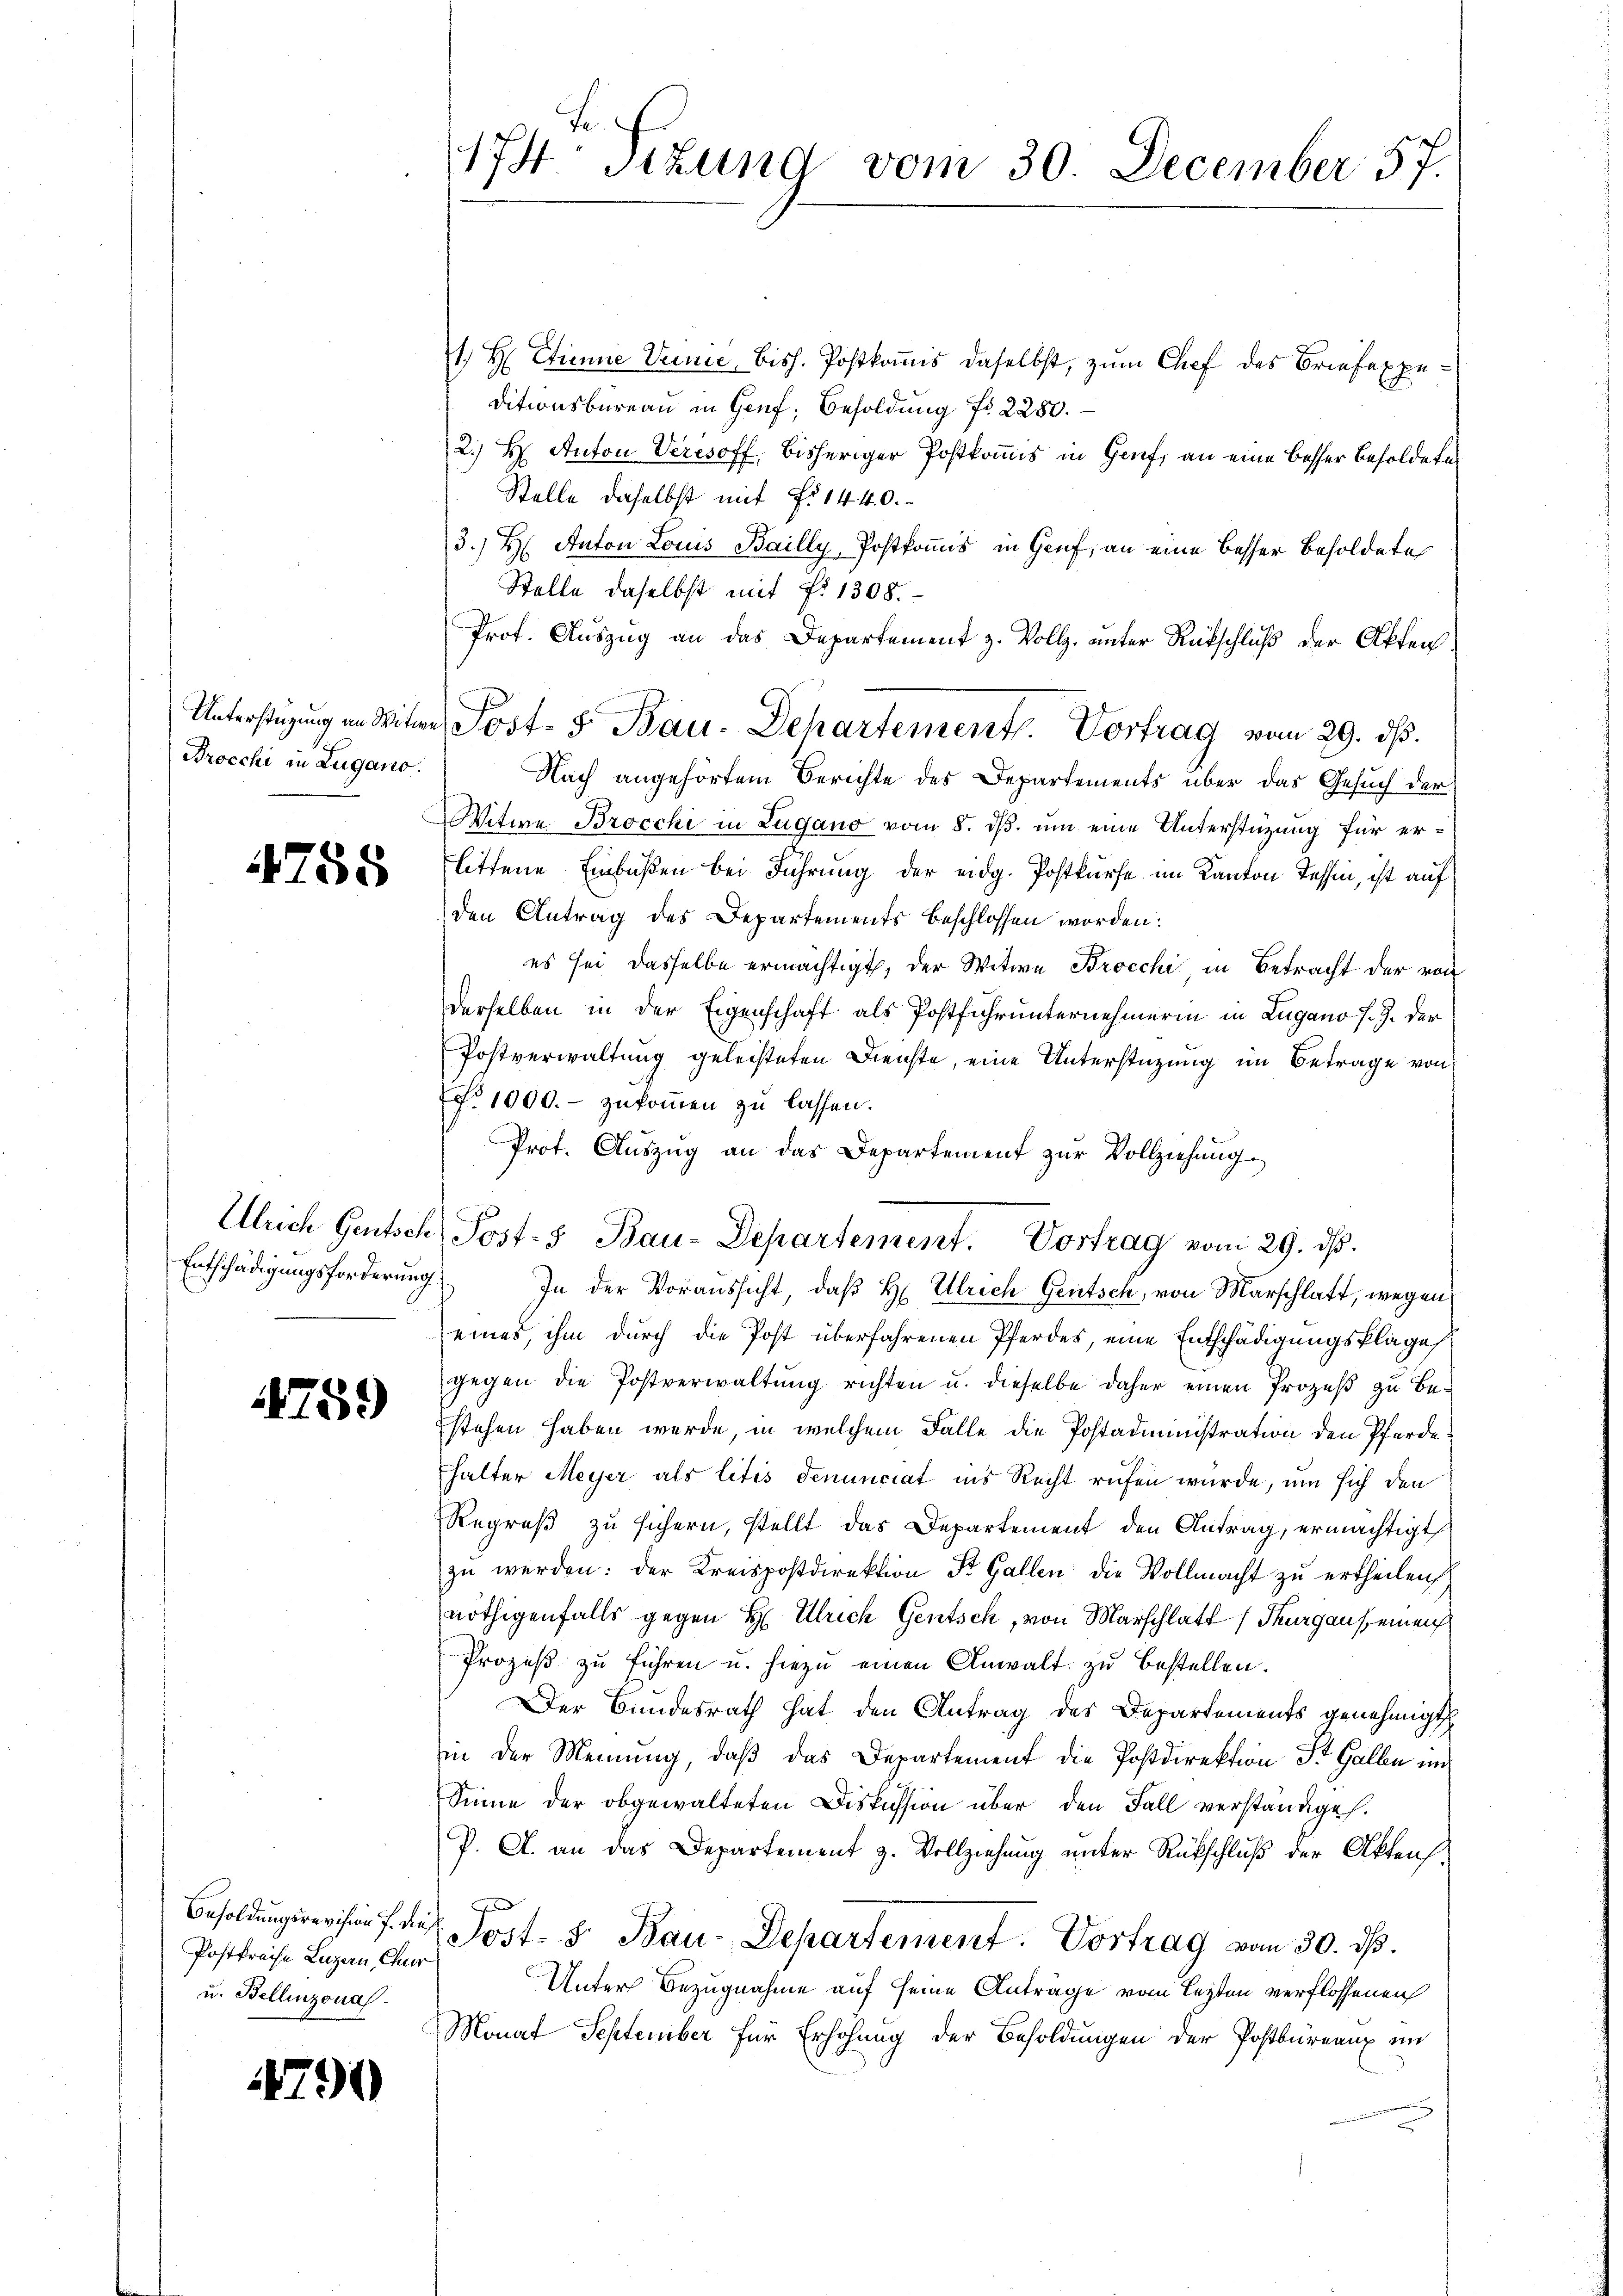
Unterstützung an Witwe
Brocchi in Lugano.

4755

Ulrich Gentsch
Entschädigungsforderung

759

Besoldungsrevision f. dies
Postkreise Luzern, Chur
u. Bellinzonas.

4799

174. Sitzung vom 30. December 57.

1 H Etienne Venie, bish. Postkomis daselbst, zum Chef des Briefexpeditionsbüreau in Genf, Besoldung No 2280.
2.) H. Anton Veresoff, bisheriger Postkommis in Genf, an eine besser besoldete
Stelle daselbst mit No 1440.
3.) H. Anton Louis Bailly, Postkomis in Genf, an eine besser Besoldete
Stelle daselbst mit fr. 1308.
Prof. Auszug an das Departement z. Vollz. unter Rückschluß der Akten¬
Nach angehörtem Berichte des Departements über das Gesuch der
Witwe Brocchi in Lugano vom 8. ds. um eine Unterstützung für erlittene Einbüßen bei Führung der eidg. Postkurse im Kanton Tessin, ist auf
den Antrag des Departements beschlossen worden:
es sei dasselbe ermächtigt, der Witwe Brocchi in Betracht der von
derselben in der Eigenschaft als Postführunternehmerin in Lugano J. J. der
Postverwaltung geleisteten Dienste, eine Unterstüzung im Betrage von
No 1000.- zŭkommen zu lassen.
Prot. Auszug an das Departement zur Vollziehung
 In der Voraussicht, daß H. Ulrich Gentsch, von Marschlatt, wegen
eines, ihm durch die Post überfahrenen Pferdes, eine Entschädigungsklage,
gegen die Postverwaltung richten u. dieselbe daher einen Prozeß zu Bestehen haben werde, in welchem Falle die Postadministration den Pferde
halter Meyer als litis denunciat ins Recht rufen wurde, um sich den
Regreß zu sichern, stellt das Departement den Antrag, ermächtigt,
zŭ werden: der Kreispostdirektion Dr. Gallen die Vollmacht zu ertheilen,
nöthigenfalls gegen H. Ulrich Gentsch, von Marschlatt, Thurgaus einen
Prozeß zu führen u. hiezu einen Anwalt zu bestellen.
Der Bundesrath hat den Antrag des Departements genehmigt
iin der Meinung, daß das Departement die Postdirektion St. Gallen un
Sinne der obgewalteten Diskussion über den Fall verständiges.
P. A. an das Departement z. Vollziehung unter Rückschluß der Akten
Jost- & Bau-Departement. Vortrag vom 30. ds.
Unter Bezugnahme auf seine Anträge vom lezten verflossenen
Monat September für Erhöhung der Besoldungen der Postbureaux im

Post- 5. Bau-Departement. Vortrag vom 29. dß.

Post- 5. Bau-Departement. Vortrag vom 29. ds.